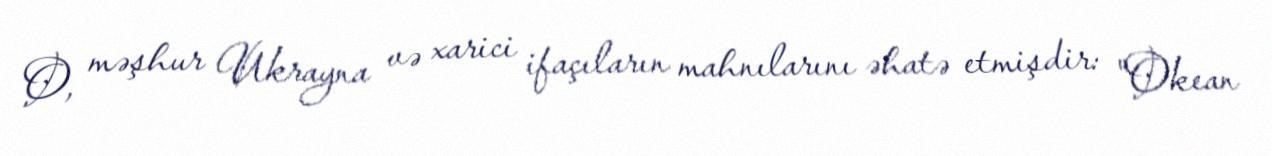
O, məşhur Ukrayna və xarici ifaçıların mahnılarını əhatə etmişdir: "Okean